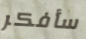
سأفكر